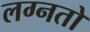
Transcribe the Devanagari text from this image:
लग्नतो